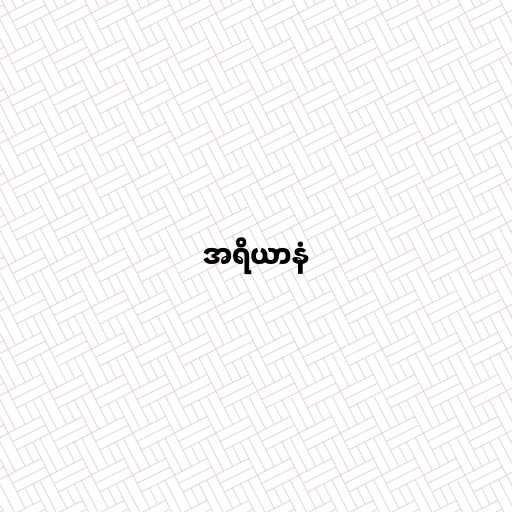
အရိယာနံ